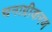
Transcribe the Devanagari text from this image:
धनाग्रीकरण